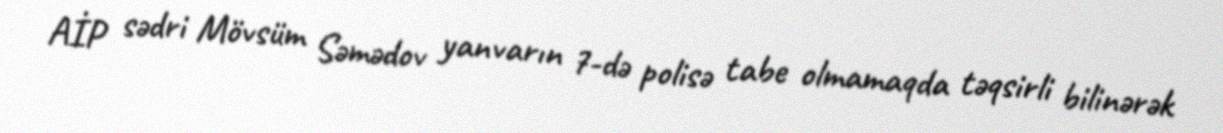
AİP sədri Mövsüm Səmədov yanvarın 7-də polisə tabe olmamaqda təqsirli bilinərək